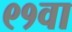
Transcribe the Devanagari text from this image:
९१वा